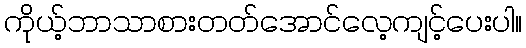
ကိုယ့်ဘာသာစားတတ်အောင်လေ့ကျင့်ပေးပါ။